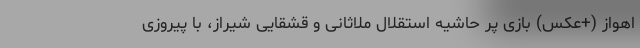
اهواز (+عکس) بازی پر حاشیه استقلال ملاثانی و قشقایی شیراز، با پیروزی